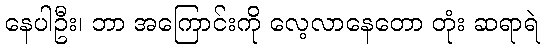
နေပါဦး၊ ဘာ အကြောင်းကို လေ့လာနေတော တုံး ဆရာရဲ